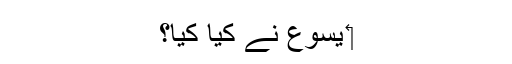
‏ یسوع نے کیا کِیا؟